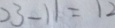
2 3 - 1 1 = 1 2